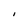
Character: I